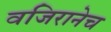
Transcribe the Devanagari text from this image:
वजिरानेच